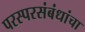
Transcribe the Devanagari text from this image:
परस्परसंबंधांचा